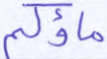
ماؤكم